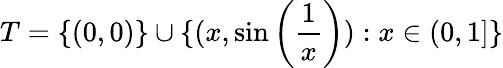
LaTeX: T=\{ (0,0)\} \cup\{ (x,\sin\left({\frac{1}{x}}\right)):x\in(0,1]\}